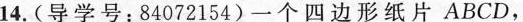
14.(导学号：84072154)一个四边形纸片ABCD，